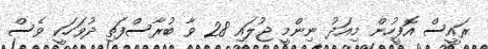
ރައީސް އޮފީހުން މިއަދު ނިންމީ ޖުލައި 28 ވާ ބުރާސްފަތި ދުވަހަކީ ވެސް